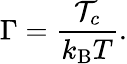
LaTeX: \Gamma=\frac{{\mathcal T}_{c}}{k_{\mathrm{B}}T}.